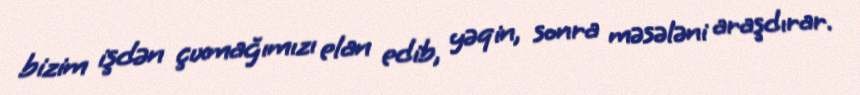
bizim işdən çıxmağımızı elan edib, yəqin, sonra məsələni araşdırar.